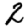
Digit: 2